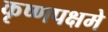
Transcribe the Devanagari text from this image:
कृष्णपक्षमे